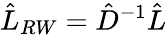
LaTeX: \hat{L}_{RW}=\hat{D}^{-1}\hat{L}